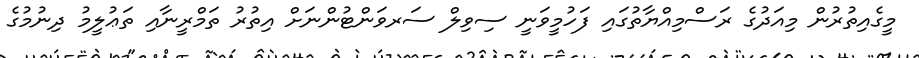
މީގެއިތުރުން މިއަދުގެ ރަސްމިއްޔާތުގައި ފަހުމީވަނީ ސިވިލް ސަރވަންޓުންނަށް އިތުރު ތަމްރީނާއި ތަޢުލީމު ދިނުމުގެ